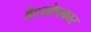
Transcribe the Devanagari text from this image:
वैश्योपकार